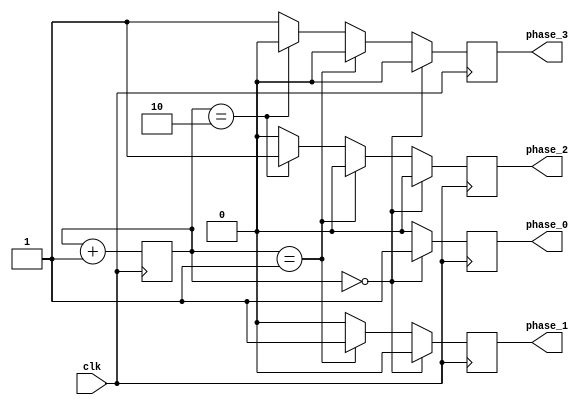
module multi_phase_clock_divider (
    input wire clk,
    output reg phase_0,
    output reg phase_1,
    output reg phase_2,
    output reg phase_3
);

reg [2:0] count;

always @(posedge clk) begin
    if (count == 3'b000) begin
        phase_0 <= 1;
        phase_1 <= 0;
        phase_2 <= 0;
        phase_3 <= 0;
    end else if (count == 3'b001) begin
        phase_0 <= 0;
        phase_1 <= 1;
        phase_2 <= 0;
        phase_3 <= 0;
    end else if (count == 3'b010) begin
        phase_0 <= 0;
        phase_1 <= 0;
        phase_2 <= 1;
        phase_3 <= 0;
    end else begin
        phase_0 <= 0;
        phase_1 <= 0;
        phase_2 <= 0;
        phase_3 <= 1;
    end

    count <= count + 1;
end

endmodule